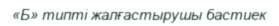
«Б» типті жалғастырушы бастиек